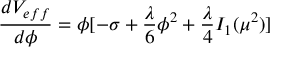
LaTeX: \frac { d V _ { e f f } } { d \phi } = \phi [ - \sigma + \frac { \lambda } { 6 } \phi ^ { 2 } + \frac { \lambda } { 4 } I _ { 1 } ( \mu ^ { 2 } ) ]